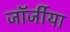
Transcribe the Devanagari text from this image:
जॉर्जीया